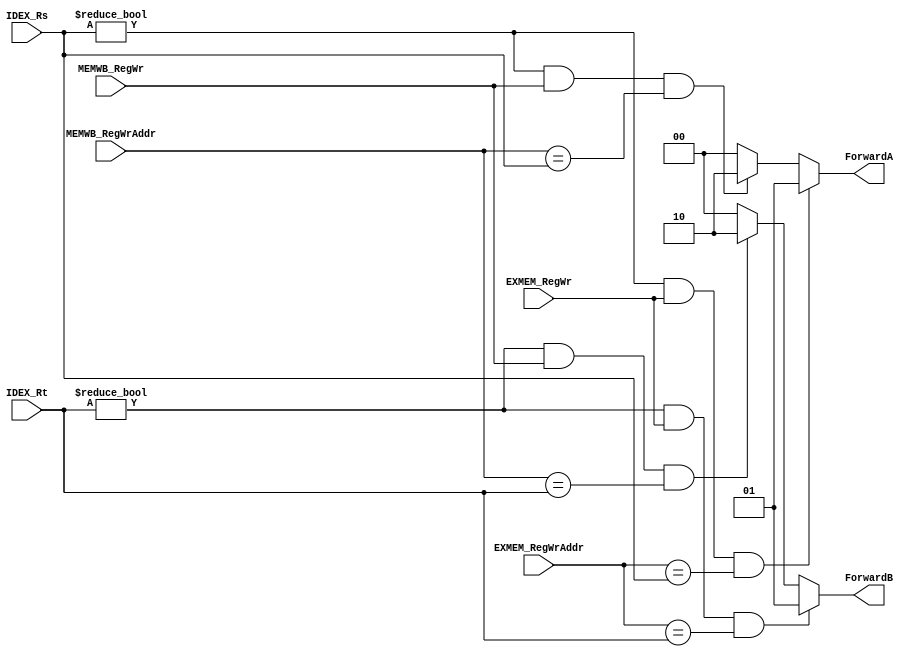
`timescale 1ns / 1ps

// Read after Write
module RAW_Forwarding(IDEX_Rs, IDEX_Rt, EXMEM_RegWr, EXMEM_RegWrAddr, MEMWB_RegWr, MEMWB_RegWrAddr, ForwardA, ForwardB);
	input [4:0] IDEX_Rs;
	input [4:0] IDEX_Rt;
	input EXMEM_RegWr;
	input [4:0] EXMEM_RegWrAddr;
	input MEMWB_RegWr;
	input [4:0] MEMWB_RegWrAddr;
	output [1:0] ForwardA;
	output [1:0] ForwardB;
	
	// EX/MEM->EX
	wire conditionA1=IDEX_Rs != 0 && EXMEM_RegWr && EXMEM_RegWrAddr==IDEX_Rs;
	wire conditionB1=IDEX_Rt != 0 && EXMEM_RegWr && EXMEM_RegWrAddr==IDEX_Rt;
	// MEM/WB->EX
	wire conditionA2=IDEX_Rs != 0 && MEMWB_RegWr && MEMWB_RegWrAddr == IDEX_Rs;
	wire conditionB2=IDEX_Rt != 0 && MEMWB_RegWr && MEMWB_RegWrAddr == IDEX_Rt;
	assign ForwardA=conditionA1?2'b01:
					conditionA2?2'b10:
					2'b00;
	assign ForwardB=conditionB1?2'b01:
					conditionB2?2'b10:
					2'b00;
endmodule

// Save after Load
module SAL_Forwarding(EXMEM_MemWr, EXMEM_Rt, MEMWB_MemRead, MEMWB_RegWrAddr, Forward);
	input EXMEM_MemWr;
	input [4:0] EXMEM_Rt;
	input MEMWB_MemRead;
	input [4:0] MEMWB_RegWrAddr;
	output Forward;
	
	wire condition=EXMEM_Rt != 0 && EXMEM_MemWr && MEMWB_MemRead && MEMWB_RegWrAddr == EXMEM_Rt;
	assign Forward=condition?1'b1:1'b0;
endmodule

// jr/jalr after Write
module JAW_Forwarding(ID_OpCode, ID_Funct, ID_Rs, IDEX_RegWr, IDEX_RegWrAddr, EXMEM_MemtoReg, EXMEM_RegWr, EXMEM_RegWrAddr, Forward);
	input [5:0] ID_OpCode;
	input [5:0] ID_Funct;
	input [4:0] ID_Rs;
	input IDEX_RegWr;
	input [4:0] IDEX_RegWrAddr;
	input [1:0] EXMEM_MemtoReg;
	input EXMEM_RegWr;
	input [4:0] EXMEM_RegWrAddr;
	output [1:0] Forward;
	
	// jr/jalr
	wire conditionjr=ID_OpCode == 6'b0 && (ID_Funct == 6'b001000 || ID_Funct == 6'b001001);
	// jal/jalr-nop-jr/jalr
	wire condition1=(EXMEM_MemtoReg == 2'b10);
	// use-x-jr/jalr
	wire condition2=(ID_Rs != 0 && EXMEM_RegWr && EXMEM_RegWrAddr == ID_Rs);
	// use-jr/jalr
	wire condition3=(ID_Rs != 0 && IDEX_RegWr && IDEX_RegWrAddr == ID_Rs);
	assign Forward=!conditionjr?2'b00:
					(condition1?2'b01:
					condition2?2'b11:
					condition3?2'b10:2'b00);
endmodule